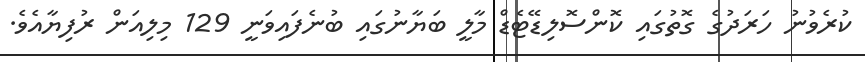
ކުރެވުނު ހަރަދުގެ ގޮތުގައި ކޮންސޮލިޑޭޓެޑް މާލީ ބަޔާނުގައި ބުނެފައިވަނީ 129 މިލިއަން ރުފިޔާއެވެ.